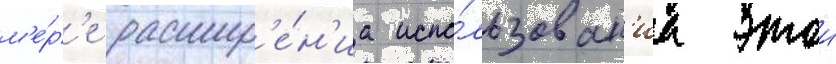
м'е́р'е расшир'е́н'иа испо́льзован'иа этои